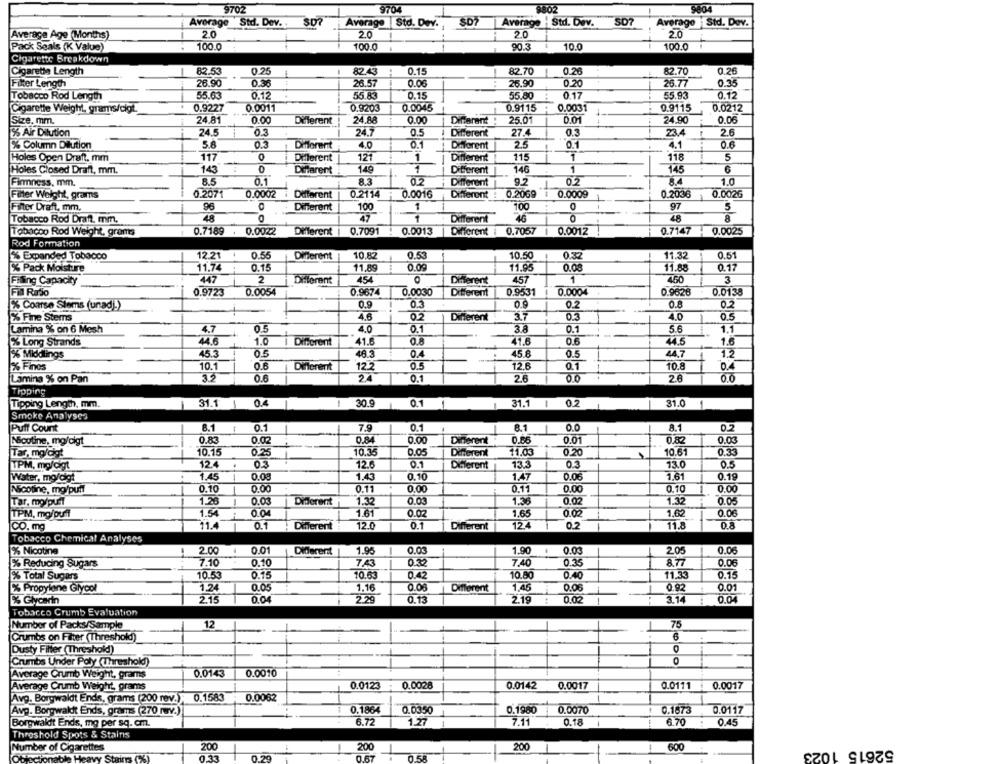
9702
9704
8802
9004
Average Std. Dev. .
Average Std. Dev.
Average - Std. Dev.
SD7
Average Std. Dev.
Average Age (Months)
20
2.0
2.0
20
Pack Seals (K Value)
100.0
100.0
90.3
10.0
100.0
Cigarette Breakdown
82.70
0.26
Cigarette Length
82.53
0.25
82.43
0.15
0.26
82.70
Filter Length
26.90
0.36
26.57
0.06
26.90
0.20
26.77
0.35
Tobacco Rod Length
55.6%
0.12
55.83
0.15
55.80
0.17
55.93
0.12
0.9227
0.0011
0.9203
0.0045
0.9115
0.0031
0.9115
0.0212
Cigarette Weight, grams/cigt.
Size. mm.
24.81
0.00
Different
24.88
0.00
Different :
25.01
0.01
24.90
0.06
% Air Dilution
24.5
0.3
24.7
Different
27.4
23.4
% Column Dattion
5.8
0.3
Different
4.0
0.1
Diferent
2.5
0.1
4.1
0.6
Holes Open Draft. mm
117
0
Different
121
1
Different
115
1
118
5
143
0
149
140
1
6
Holes Closed Draft, mm.
Different
Different
145
Firmness, mm.
8.5
0.1
8.3
02
Different
9.2
1.0
Filter Weight, grams
0.2071
0.0002 i
Different
0.2114
0.0016
Different
0.2069
0.0009
0.2036
0.0026
Filter Draft. mm.
96
100
97
5
Different
100
Tobacco Rod Draft. mm.
47
Different
46
48
Tobacco Rod Weight, grams
0.7189 . 0.0022
Different
0.7091
0.0013
Different i
0.7057
0.0012
0.7147
0.0025
Rod Formation
2% Expanded Tobacco
12 21
0.55
Different
10.82
0.53
10.50
0.32
11.32
0.51
11,74
0.15
11.89
0.00
11.95
0.08
11.88
0.17
% Pack Moisture
Filing Capacity
447
2
Different
454
Different
457
1
3
0.0004
Fil Rsso
0.9723
0.0054
0.9674
0.0030
Different
0.9531
0.9628
0.0138
0.9
0.3
0.9
0.8
0.2
% Coarse Stems (unad)!)
% Fine Stems
4.6
02
Different
37
4.0
Lamina % on 6 Mesh
4.7
0.5
4.0
3.8
0.1
5.6
1.1
% Long Strands
4.6
1.0
Different
41.6
41.6
0.6
44.5
1.6
% Middlings
45.3
0.5
46.3
45.8
0.5
44.7
1
1.2
2% Fines
10.1
0.6
Different
12.2
12.6
0.1
10.8
0.4
1
Lamina % on Pan
32
0.6
24
0.1
2.6
0.0
26
0.0
Tipping
Tipping Length, mm.
31.1
1
0.4
30.9
0.1
1
1
31.1
-
07
31.0
1
Smoke Analyses
Puff Count
8.1
0.1
7.9
0.1
8.1
0.0
8.1
0.2
Nicotine, mg/cigt
0.83
0.02
0.84
0.00
Different
0.66
0.01
0.82
0.03
10.15
0.25
10.35
0.05
11.03
0.20
10.61
0.33
Tar, mg/dot
Different
TPM, mg/cigt
12.4
.
0.3
12.6
0.1
Different
13.3
0.3
13.0
0.5
Water, mg/digt
1.45
1
0.08
1.43
0.10
1.47
0.06
1.61
0.19
Nicotine, mg/puff
0.10
0.00
0.11
0.00
0.11
0.00
0.10
0.00
Tar, molpul
1.28
0.03
Different
1.32
0.03
1.36
0.02
1.32
0.05
1.54
0.04
1.61
0.02
0.02
1,62
0.06
TPM, mg/puff
1.65
CO, mg
11.4
0.1
Different
120
0.1
Different
124
11.8
0.8
Tobacco Chemical Analyses
% Nicotine
2.00
0.01
Different
1.95
0.03
1.90
.
0.03
2.05
0.06
% Reducing Sugars
7.10
0.10
7.43
032
7.40
0.35
8.77
0.06
10.53
10.63
0.15
% Total Sugars
0.15
0.42
10.80
0.40
11.33
% Propylene Glycol
1.24
0.05
1.16
0.06
Different
1.45
0.06
0.92
0.01
% Glycerin
2.15
0.04
2.29
0.13
2.19
0.02
3.14
0.04
Tobacco Crumb Evaluation
Number of Packs/Sample
12
75
Crumbs on Filter (Threshold)
6
Dusty Filter (Threshold)
Crumbs Under Poly (Threshold)
0
0.0143
0.0010
Average Crumb Weight, grams
Average Crumb Weight, grams
0.0123
0.0028
0.0142
0.0017
0.0111
0.0017
Avg. Borgwaldt Ends, grams (200 rev.)
0.1583
0.0082
Avp. Borgwaldt Ends, grams (270 mv.)
0.1864
0.0350
0.1960
0.0070
0.1873
0.0117
Borgwaldt Ends, mg per sq. cm.
6.72
1.27
7.11
0.18
6.70
0.45
Threshold Spots & Stains
Number of Cigarettes
200
200
200
600
52615 1023
0.33
120